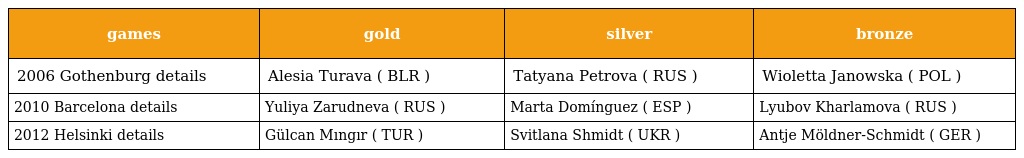
| games | gold | silver | bronze |
 | --- | --- | --- | --- |
 | 2006 Gothenburg details | Alesia Turava ( BLR ) | Tatyana Petrova ( RUS ) | Wioletta Janowska ( POL ) |
 | 2010 Barcelona details | Yuliya Zarudneva ( RUS ) | Marta Domínguez ( ESP ) | Lyubov Kharlamova ( RUS ) |
 | 2012 Helsinki details | Gülcan Mıngır ( TUR ) | Svitlana Shmidt ( UKR ) | Antje Möldner-Schmidt ( GER ) |